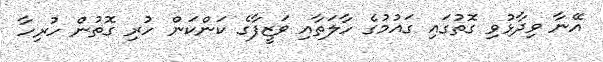
އޭނާ ވިދާޅުވި ގޮތުގައި ގައުމުގެ ހާލަތާއި ވަޒީފާގެ ކަންކަން ހުރި ގޮތުން ހުރިހާ